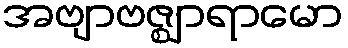
အဗျာဗဇ္ဈာရာမော